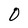
Character: 0